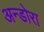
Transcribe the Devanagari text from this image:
अन्डोरा